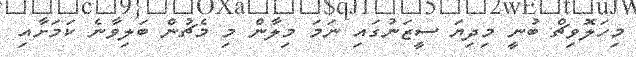
މިހަލޮވިޗް ބުނީ މިދިޔަ ސީޒަނުގައި ނަމަ މިލާން މި މެޗުން ބަލިވާނެ ކަމަށާއި